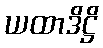
ယထာဒိဋ္ဌိ